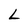
Character: L